Report of an investigation into the causes of the diseases known in Assam as Kála-Azár and Beri-Beri
Disease focus: Beri-Beri
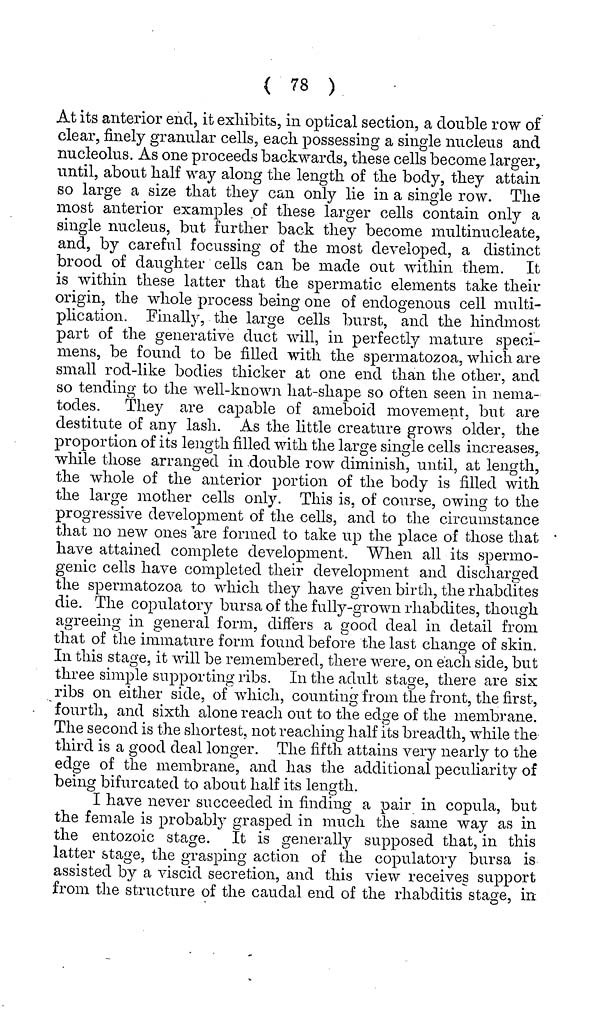
( 78 )
At its anterior end, it exhibits, in optical section, a double row of
clear, finely granular cells, each possessing a single nucleus and
nucleolus. As one proceeds backwards, these cells become larger,
until, about half way along the length of the body, they attain
so large a size that they can only lie in a single row. The
most anterior examples of these larger cells contain only a
single nucleus, but further back they become multinucleate,
and, by careful focussing of the most developed, a distinct
brood of daughter cells can be made out within them. It
is within these latter that the spermatic elements take their
origin, the whole process being one of endogenous cell multi-
plication. Finally, the large cells burst, and the hindmost
part of the generative duct will, in perfectly mature speci-
mens, be found to be filled with the spermatozoa, which are
small rod-like bodies thicker at one end than the other, and
so tending to the well-known hat-shape so often seen in nema-
todes. They are capable of ameboid movement, but are
destitute of any lash. As the little creature grows older, the
proportion of its length filled with the large single cells increases,
while those arranged in double row diminish, until, at length,
the whole of the anterior portion of the body is filled with
the large mother cells only. This is, of course, owing to the
progressive development of the cells, and to the circumstance
that no new ones are formed to take up the place of those that
have attained complete development. When all its spermo-
genic cells have completed their development and discharged
the spermatozoa to which they have given birth, the rhabdites
die. The copulatory bursa of the fully-grown rhabdites, though
agreeing in general form, differs a good deal in detail from
that of the immature form found before the last change of skin.
In this stage, it will be remembered, there were, on each side, but
three simple supporting ribs. In the adult stage, there are six
ribs on either side, of which, counting from the front, the first,
fourth, and sixth alone reach out to the edge of the membrane.
The second is the shortest, not reaching half its breadth, while the
third is a good deal longer. The fifth attains very nearly to the
edge of the membrane, and has the additional peculiarity of
being bifurcated to about half its length.
I have never succeeded in finding a pair in copula, but
the female is probably grasped in much the same way as in
the entozoic stage. It is generally supposed that, in this
latter stage, the grasping action of the copulatory bursa is
assisted by a viscid secretion, and this view receives support
from the structure of the caudal end of the rhabditis stage, in